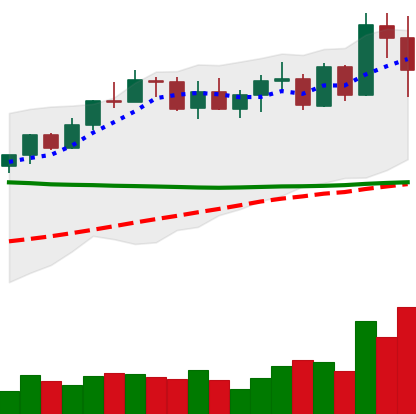
Ticker: XMR-USD
Chart end date: 2022-04-11
Forward return: 4.724%
Label: up_3_5